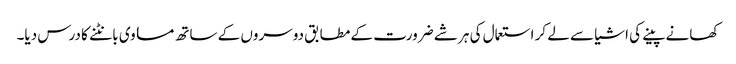
کھانے پینے کی اشیا سے لے کر استعمال کی ہر شے ضرورت کے مطابق دوسروں کے ساتھ مساوی بانٹنے کا درس دیا۔